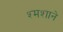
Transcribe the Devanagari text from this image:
श्मशाने